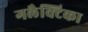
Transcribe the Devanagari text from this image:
गलैक्टिका